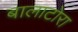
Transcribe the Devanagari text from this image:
बालाटोरा